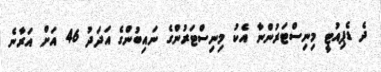
ދެ ޑެޕިއުޓީ މިނިސްޓަރުންނާ އެކު މިނިސްޓަރުންގެ ނައިބުންގެ އަދަދު 46 އަށް އަރާނެ